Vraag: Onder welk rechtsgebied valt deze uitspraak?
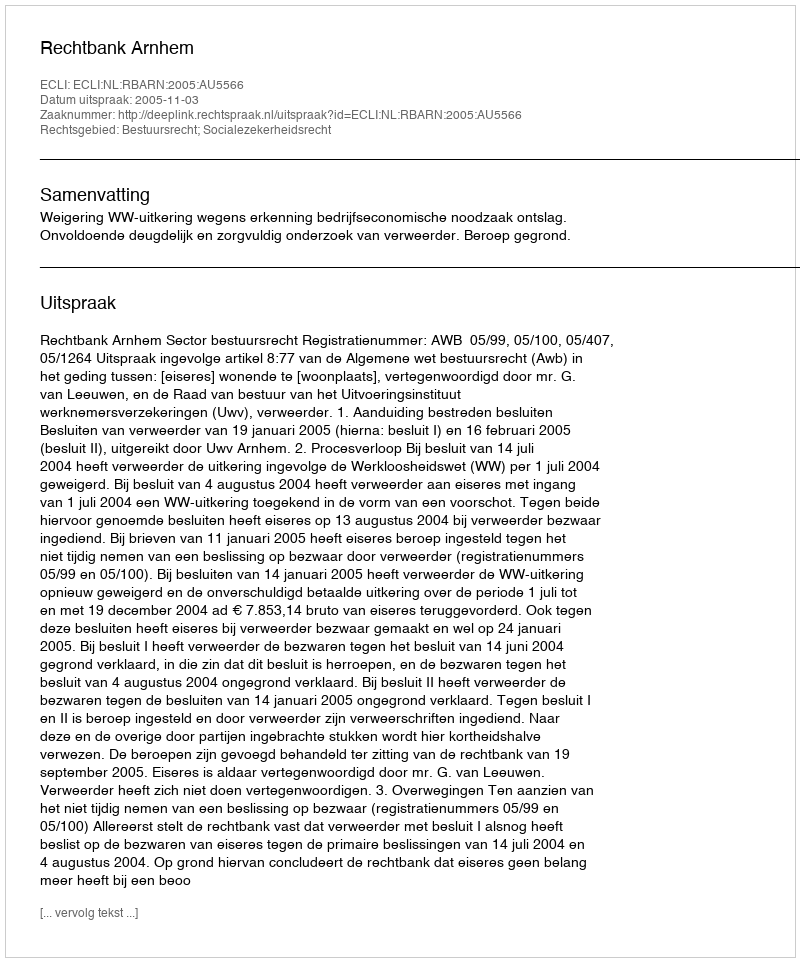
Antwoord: Bestuursrecht; Socialezekerheidsrecht